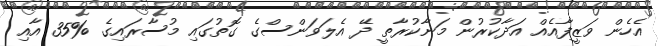
އެހެން ވަޒީފާއެއް އަދާކުރުން މަނާކުރާތީ ދޭ އެލަވަންސްގެ ގޮތުގައި މުސާރައިގެ %35 އާއި